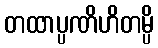
တထာပ္ပဏိဟိတမ္ပိ